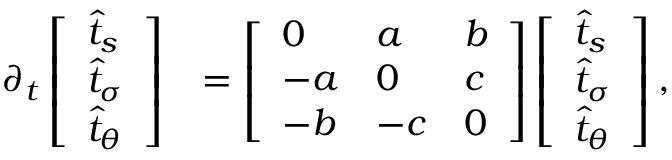
\begin{array} { r l } { \partial _ { t } \left[ \begin{array} { l } { \widehat { t } _ { s } } \\ { \widehat { t } _ { \sigma } } \\ { \widehat { t } _ { \theta } } \end{array} \right] } & { = \left[ \begin{array} { l l l } { 0 } & { a } & { b } \\ { - a } & { 0 } & { c } \\ { - b } & { - c } & { 0 } \end{array} \right] \left[ \begin{array} { l } { \widehat { t } _ { s } } \\ { \widehat { t } _ { \sigma } } \\ { \widehat { t } _ { \theta } } \end{array} \right] , } \end{array}